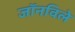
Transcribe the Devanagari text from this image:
जॉनविले